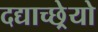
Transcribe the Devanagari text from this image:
दद्याच्छ्रेयो